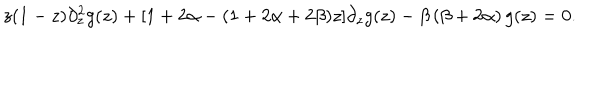
LaTeX: z ( 1 - z ) \partial _ { z } ^ { 2 } g ( z ) + [ 1 + 2 \alpha - ( 1 + 2 \alpha + 2 \beta ) z ] \partial _ { z } g ( z ) - \beta \left( \beta + 2 \alpha \right) g ( z ) = 0 .